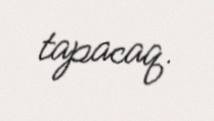
tapacaq.